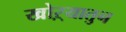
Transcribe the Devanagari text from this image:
खोऱ्यातुन